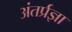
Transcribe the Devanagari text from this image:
अंतर्प्रज्ञा